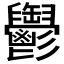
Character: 𩰪